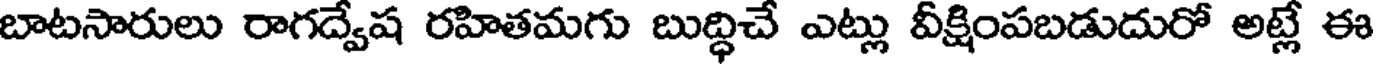
బాటసారులు రాగద్వేష రహితమగు బుద్ధిచే ఎట్లు వీక్షింపబడుదురో అట్లే ఈ